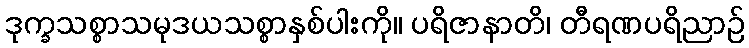
ဒုက္ခသစ္စာသမုဒယသစ္စာနှစ်ပါးကို။ ပရိဇာနာတိ၊ တီရဏပရိညာဉ်